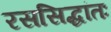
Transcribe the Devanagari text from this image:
रससिद्धांतः